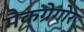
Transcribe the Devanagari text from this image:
मैकग्रेगोर